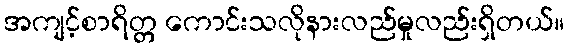
အကျင့်စာရိတ္တ ကောင်းသလိုနားလည်မှုလည်းရှိတယ်။